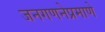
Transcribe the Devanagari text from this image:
जनगणनेप्रमाणे